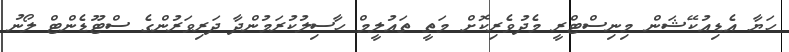
ހަޔާ އެޑިއުކޭޝަން މިނިސްޓްރީ މެދުވެރިކޮށް މަތީ ތައުލީމް ހާސިލުކުރަމުންދާ ދަރިވަރުންގެ ސްޓޫޑެންޓް ލޯނު